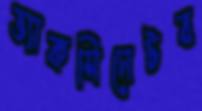
ভ্যাকসিনেটর